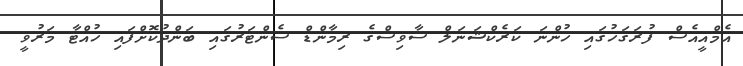
އެމްއީއެސް ފުރަގަހުގައި ހުންނަ ކަރެކްޝަނަލް ސާވިސްގެ ރިމާންޑް ސެންޓަރުގައި ބަންދުކޮށްފައި ހުއްޓާ މަރުވީ